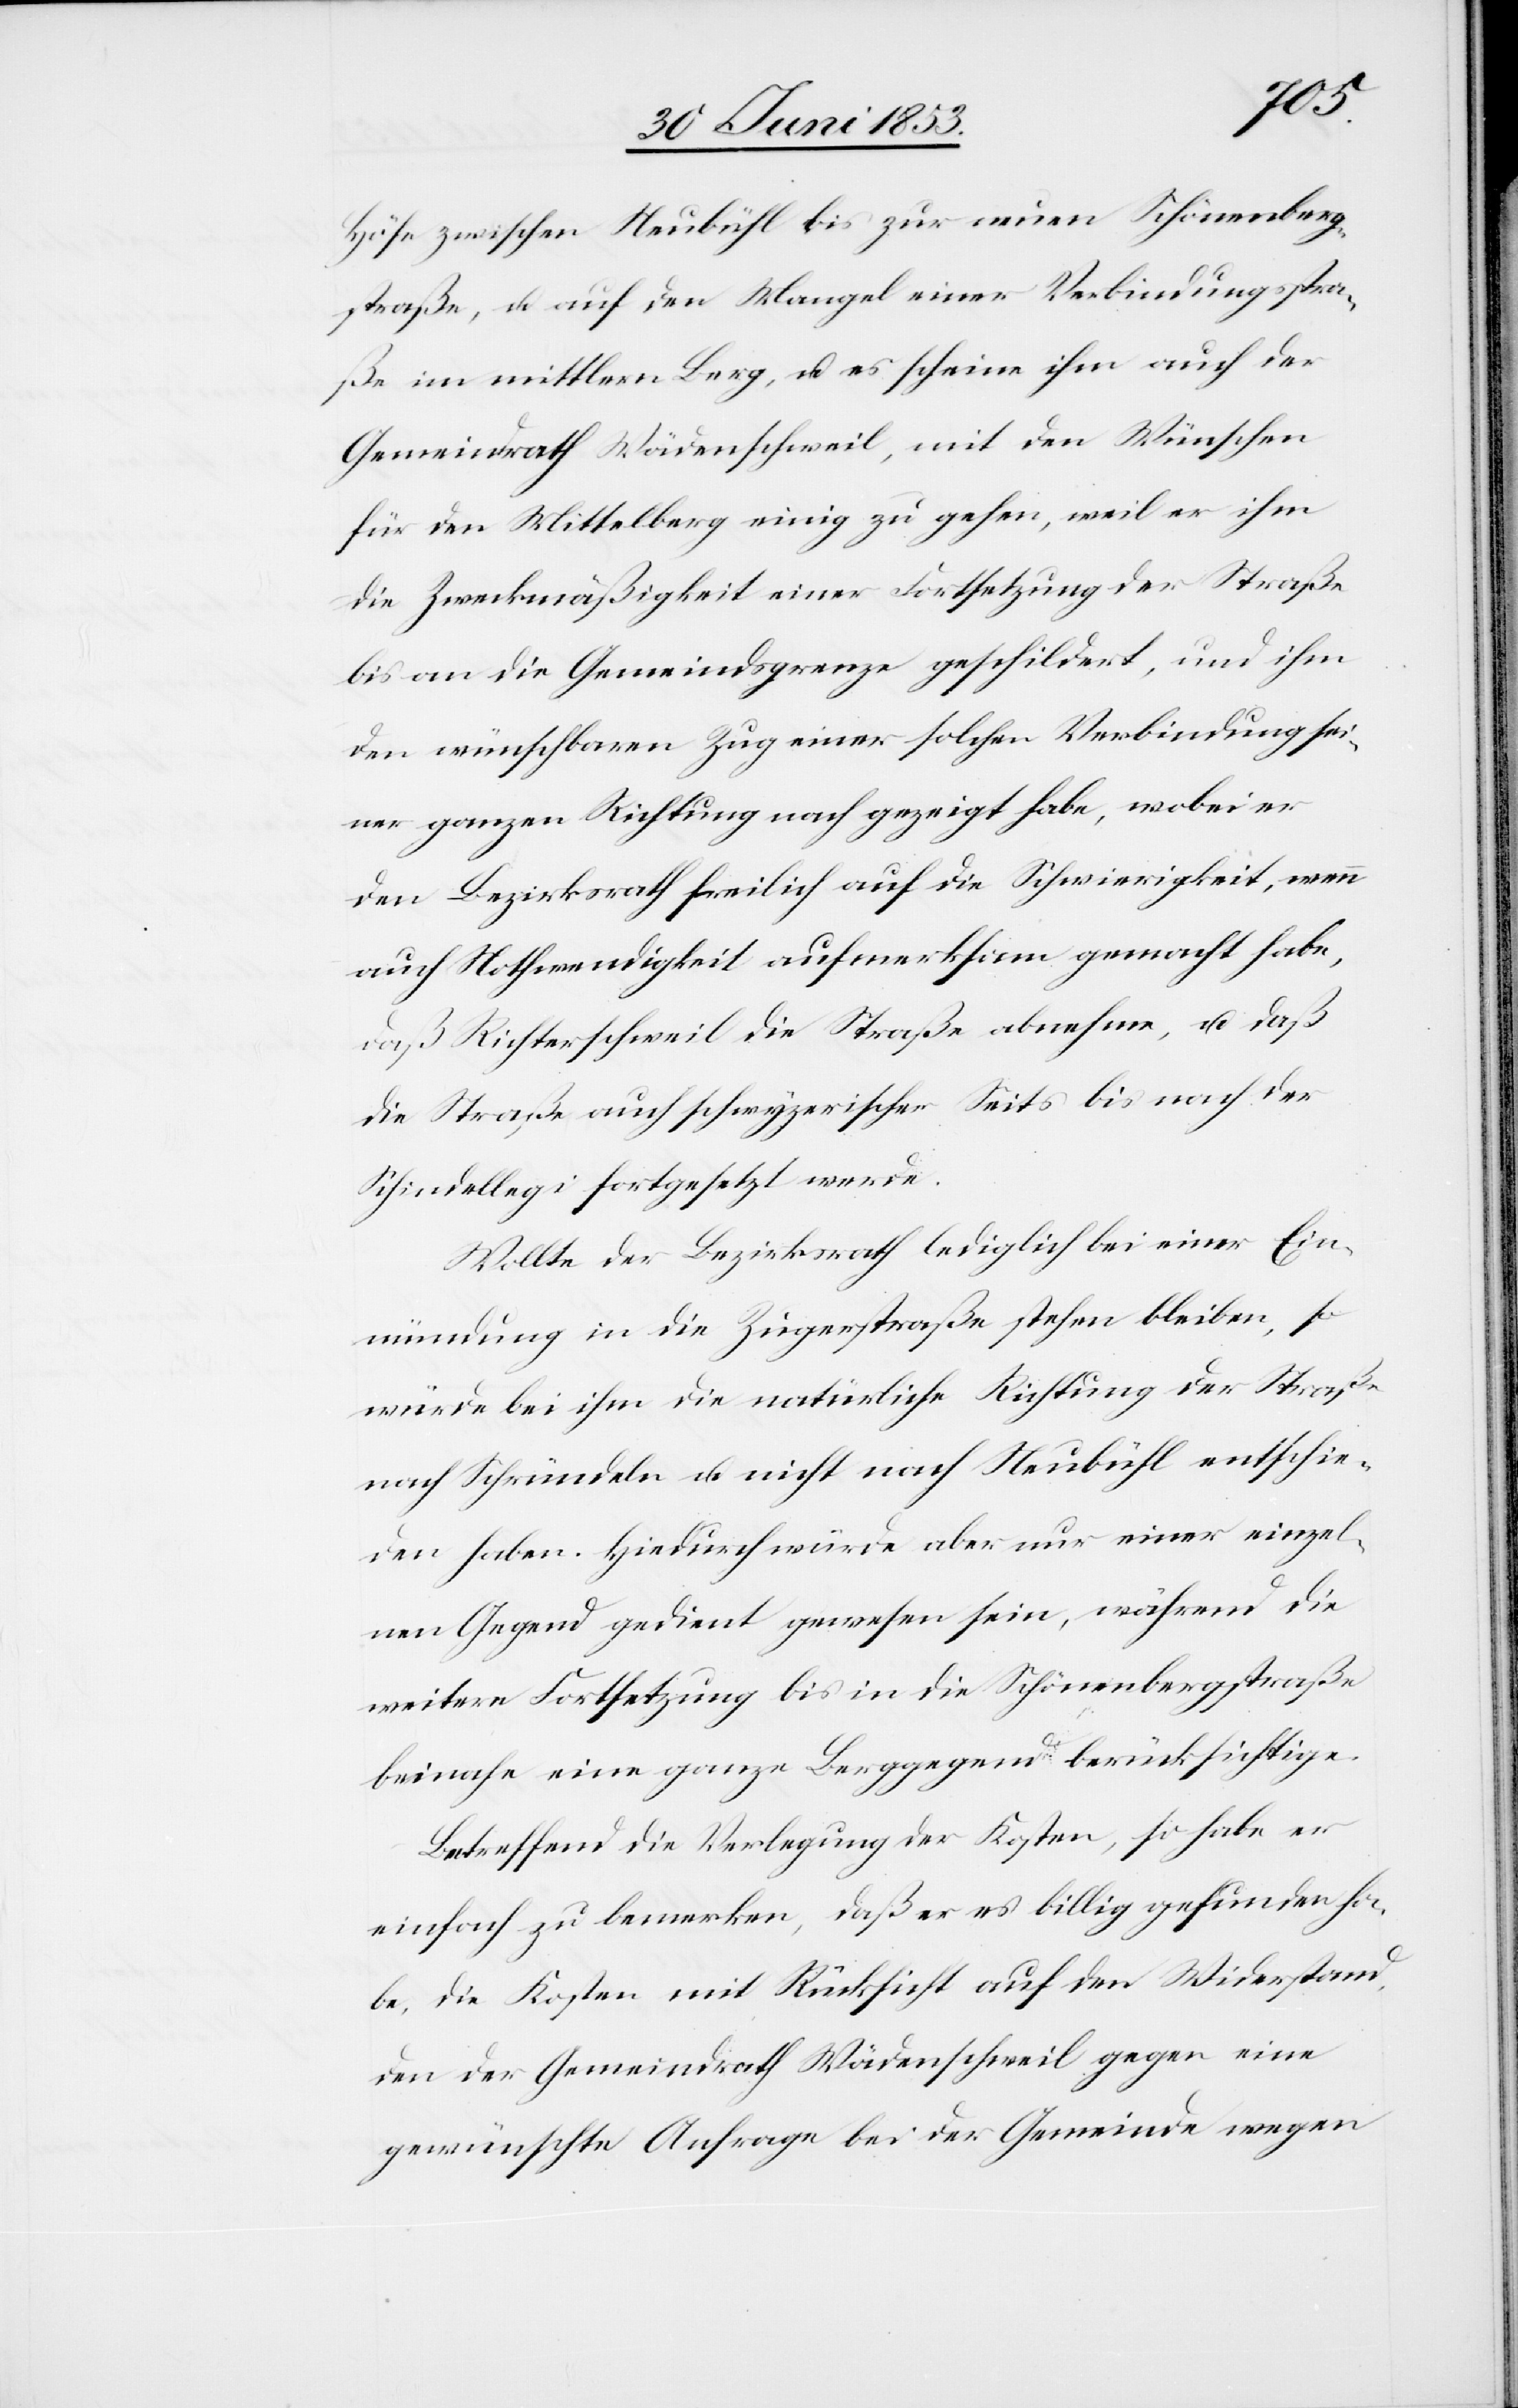
Höfe zwischen Neubühl bis zur neuen Schönenerg¬
straße, u. auf den Mangel einer Verbindungsstra¬
ße im mittleren Berg, u. es scheine ihm auch der
Gemeindrath Wädenschweil, mit den Wünschen
für den Mittelberg einig zu gehen, weil er ihm
die Zweckmäßigkeit einer Fortsetzung der Straße
bis an die Gemeindsgrenze geschildert, und ihm
den wünschbaren Zug einer solchen Verbindung sei¬
ner ganzen Richtung nach gezeigt habe, wobei er
den Bezirksrath freilich auf die Schwierigkeit, wenn
auch Nothwendigkeit aufmerksam gemacht habe,
daß Richterschweil die Straße abnehme, u. daß
die Straße auch schwyzerischer Seits bis nach der
Schindellegi fortgesetzt werde.
Wollte der Bezirksrath lediglich bei einer Ein¬
mündung in die Zugerstraße stehen bleiben, so
würde bei ihm die natürliche Richtung der Straße
nach Schründeln u. nicht nach Neubühl entschie¬
den haben. Hiedurch würde aber nur einer einzel¬
nen Gegend gedient gewesen sein, während die
weitere Fortsetzung bis an die Schönenbergstraße
beinahe eine ganze Berggegend berücksichtige.
Betreffend die Verlegung der Kosten, so habe er
einfach zu bemerken, daß er es billig gefunden ha¬
be, die Kosten mit Rücksicht auf den Widerstand,
den der Gemeindrath Wädenschweil gegen eine
gewünschte Anfrage bei der Gemeinde wegen